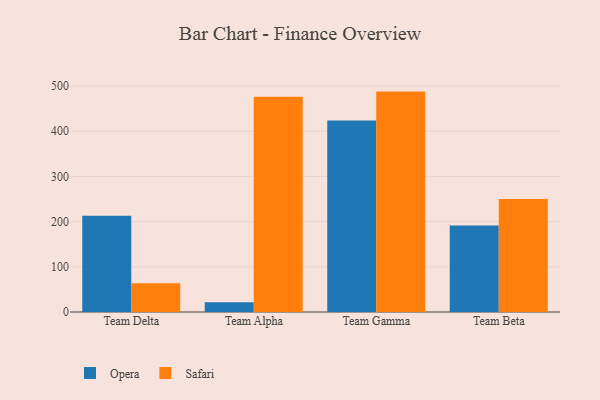
{"axis": {"x": "Team", "y": "Production Output"}, "legend": ["Opera", "Safari"], "data": [{"x": "Team Delta", "y": 212.8, "type": "Opera"}, {"x": "Team Delta", "y": 63.7, "type": "Safari"}, {"x": "Team Alpha", "y": 21.5, "type": "Opera"}, {"x": "Team Alpha", "y": 476.3, "type": "Safari"}, {"x": "Team Gamma", "y": 423.6, "type": "Opera"}, {"x": "Team Gamma", "y": 487.6, "type": "Safari"}, {"x": "Team Beta", "y": 191.6, "type": "Opera"}, {"x": "Team Beta", "y": 250.1, "type": "Safari"}]}